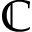
\mathbb { C }